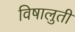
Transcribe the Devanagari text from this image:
विषालुती